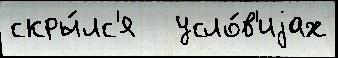
скры́лс'я   усло́в'иjах